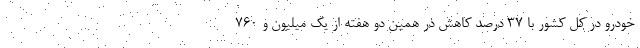
خودرو در کل کشور با ۳۷ درصد کاهش در همین دو هفته از یک میلیون و ۷۶۰